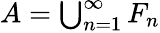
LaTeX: A=\textstyle\bigcup_{n=1}^{\infty}F_{n}